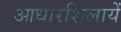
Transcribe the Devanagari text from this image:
आधारशिलायें